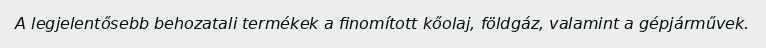
A legjelentősebb behozatali termékek a finomított kőolaj, földgáz, valamint a gépjárművek.